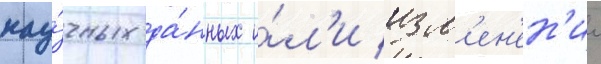
нау́чных да́нных и́л'и изм'ен'ен'ии